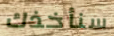
سنأخذك